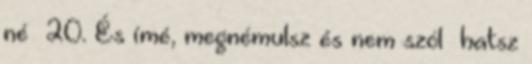
né− 20. És ímé, megnémulsz és nem szól− hatsz